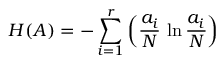
H ( A ) = - \sum _ { i = 1 } ^ { r } \left( \frac { a _ { i } } { N } \, \ln \frac { a _ { i } } { N } \right)